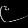
Digit: ၉